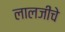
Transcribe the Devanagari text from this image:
लालजींचे